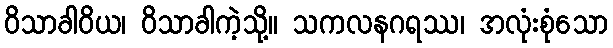
ဝိသာခါဝိယ၊ ဝိသာခါကဲ့သို့။ သကလနဂရဿ၊ အလုံးစုံသော